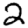
Digit: 2